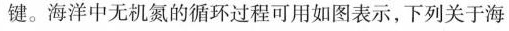
键。海洋中无机氮的循环过程可用如图表示，下列关于海